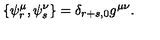
\{ \psi _ { r } ^ { \mu } , \psi _ { s } ^ { \nu } \} = \delta _ { r + s , 0 } g ^ { \mu \nu } .